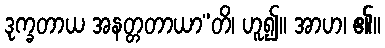
ဒုက္ခတာယ အနတ္တတာယာ”တိ၊ ဟူ၍။ အာဟ၊ ၏။